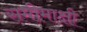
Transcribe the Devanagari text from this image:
समीमाक्षी